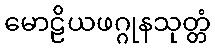
မောဠိယဖဂ္ဂုနသုတ္တံ